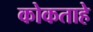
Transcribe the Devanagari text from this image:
कोकताहे